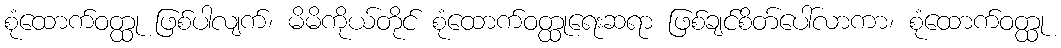
စုံထောက်ဝတ္ထု ဖြစ်ပါလျက်၊ မိမိကိုယ်တိုင် စုံထောက်ဝတ္ထုရေးဆရာ ဖြစ်ချင်စိတ်ပေါ်လာကာ၊ စုံထောက်ဝတ္ထု